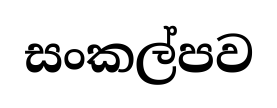
සංකල්පව